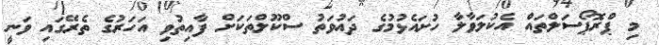
މި ޕްރޮޕޯސަލްތައް އެކުލަވާލާ ހުށައެޅުމުގެ ދައުވަތު ސްކޫލްތަކަށް ފާއިތުވި އަހަރުގެ ތެެރޭގައި ވަނީ